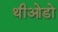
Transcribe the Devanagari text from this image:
थीओडो